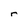
Character: r